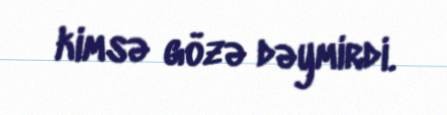
kimsə gözə dəymirdi.